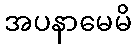
အပနာမေမိ